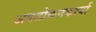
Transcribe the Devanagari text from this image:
अवलोकनकर्त्या